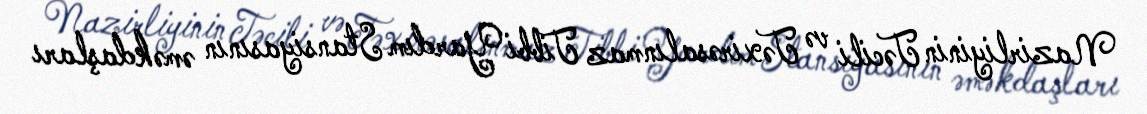
Nazirliyinin Təcili və Təxirəsalınmaz Tibbi Yardım Stansiyasının əməkdaşları